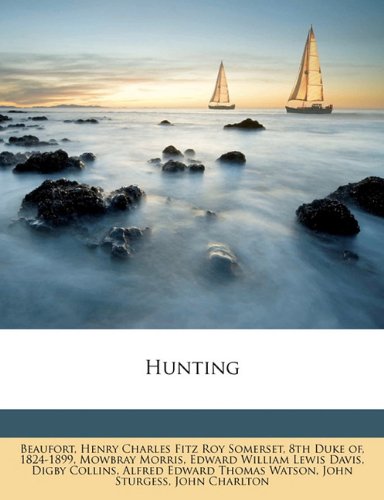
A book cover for Hunting; Sports & Outdoors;